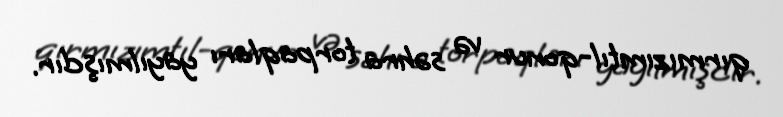
qırmızımtıl-qonur və səhra torpaqları yayılmışdır.